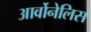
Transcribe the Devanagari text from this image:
आर्वोनेलिस